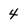
Character: 4